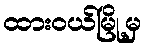
ထားဝယ်မြို့မှ